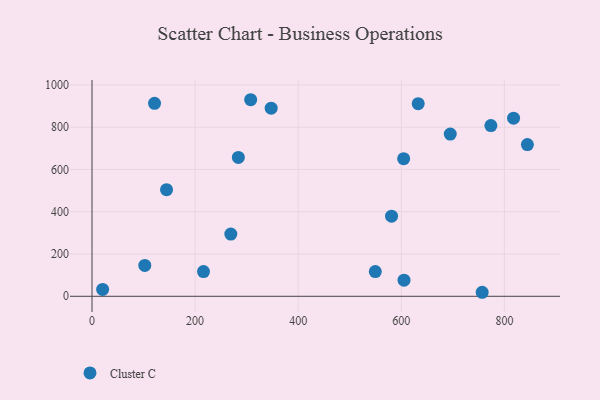
{"axis": {"x": "Distance", "y": "Sales"}, "legend": ["Cluster C"], "data": [{"x": "632.8", "y": 911.1, "type": "Cluster C"}, {"x": "307.8", "y": 929.8, "type": "Cluster C"}, {"x": "20.6", "y": 32.3, "type": "Cluster C"}, {"x": "144.6", "y": 504.1, "type": "Cluster C"}, {"x": "817.8", "y": 842.4, "type": "Cluster C"}, {"x": "102.4", "y": 146.1, "type": "Cluster C"}, {"x": "549.6", "y": 117.1, "type": "Cluster C"}, {"x": "605.3", "y": 76.0, "type": "Cluster C"}, {"x": "216.3", "y": 117.1, "type": "Cluster C"}, {"x": "347.6", "y": 889.7, "type": "Cluster C"}, {"x": "283.9", "y": 656.8, "type": "Cluster C"}, {"x": "695.0", "y": 767.3, "type": "Cluster C"}, {"x": "269.3", "y": 294.3, "type": "Cluster C"}, {"x": "604.6", "y": 650.8, "type": "Cluster C"}, {"x": "581.1", "y": 379.1, "type": "Cluster C"}, {"x": "844.6", "y": 717.7, "type": "Cluster C"}, {"x": "773.8", "y": 807.7, "type": "Cluster C"}, {"x": "121.3", "y": 912.7, "type": "Cluster C"}, {"x": "756.9", "y": 19.0, "type": "Cluster C"}]}